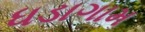
ધડાગામ